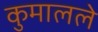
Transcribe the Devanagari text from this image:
कुमालले